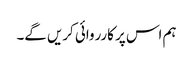
ہم اس پر کارروائی کریں گے۔